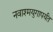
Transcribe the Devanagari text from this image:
नवाश्मयुगापर्यंत